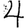
Digit: 4